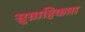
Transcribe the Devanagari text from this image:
सुग्राहिकता